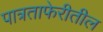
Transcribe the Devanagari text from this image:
पात्रताफेरीतील